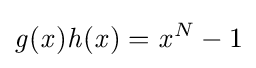
{\mathit {g}}({\mathit {x}}){\mathit {h}}({\mathit {x}})={\mathit {x}}^{N}-1